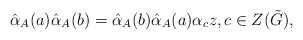
\begin{align*} \hat{\alpha}_{A}(a)\hat{\alpha}_{A}(b)=\hat{\alpha}_{A}(b)\hat{\alpha}_{A}(a)\alpha_c z,c\in Z(\tilde{G}),\end{align*}